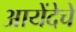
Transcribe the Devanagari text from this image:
आयेंदेचे